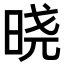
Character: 𣇈